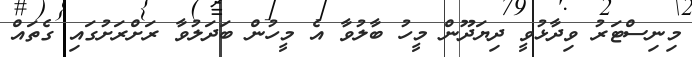
މިނިސްޓަރު ވިދާޅުވީ ދިޔަދޫން މީހު ބާލުވާ އެ މީހުން ބަދަލުވާ ރަށްރަށުގައި ގެތައް